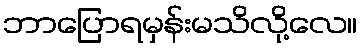
ဘာပြောရမှန်းမသိလို့လေ။